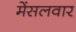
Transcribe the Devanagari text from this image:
मेंसलवार